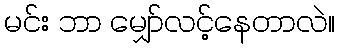
မင်း ဘာ မျှော်လင့်နေတာလဲ။